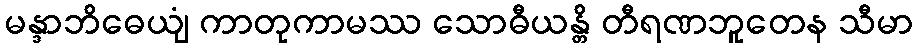
မန္ဒာဘိဓေယျံ ကာတုကာမဿ သောဓီယန္တိ တီရဏဘူတေန သီမာ